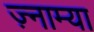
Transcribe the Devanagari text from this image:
ज़्नाम्या